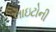
લાઇટોની